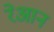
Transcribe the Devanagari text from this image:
रेआन